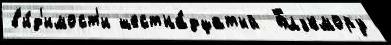
в'и́д'имост'и шестна́дцатый  Блэкмору